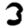
Digit: 3